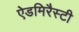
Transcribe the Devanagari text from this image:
ऐडमिरैस्टी